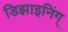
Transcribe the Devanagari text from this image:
डिझाइनिंग्